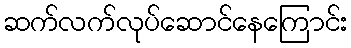
ဆက်လက်လုပ်ဆောင်နေကြောင်း